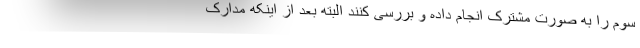
سوم را به صورت مشترک انجام داده و بررسی کنند البته بعد از اینکه مدارک